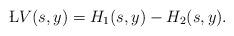
LaTeX: \begin{align*}\L V(s,y) = H_1(s,y)-H_2(s,y).\end{align*}